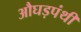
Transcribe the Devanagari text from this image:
औघड़पंथी